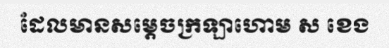
ដែលមានសម្តេចក្រឡាហោម ស ខេង